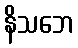
နိသဘေ